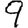
Digit: 9